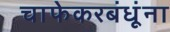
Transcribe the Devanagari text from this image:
चाफेकरबंधूंना